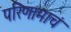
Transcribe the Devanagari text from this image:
परिणामाचं